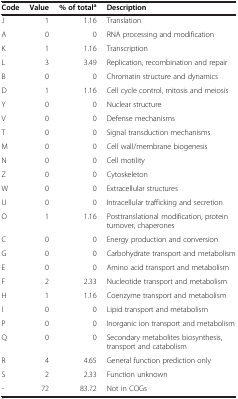
<table><thead><tr><td><b>Code</b></td><td><b>Value</b></td><td><b>% of total<sup>a</sup></b></td><td><b>Description</b></td></tr></thead><tbody><tr><td>J</td><td>1</td><td>1.16</td><td>Translation</td></tr><tr><td>A</td><td>0</td><td>0</td><td>RNA processing and modification</td></tr><tr><td>K</td><td>1</td><td>1.16</td><td>Transcription</td></tr><tr><td>L</td><td>3</td><td>3.49</td><td>Replication, recombination and repair</td></tr><tr><td>B</td><td>0</td><td>0</td><td>Chromatin structure and dynamics</td></tr><tr><td>D</td><td>1</td><td>1.16</td><td>Cell cycle control, mitosis and meiosis</td></tr><tr><td>Y</td><td>0</td><td>0</td><td>Nuclear structure</td></tr><tr><td>V</td><td>0</td><td>0</td><td>Defense mechanisms</td></tr><tr><td>T</td><td>0</td><td>0</td><td>Signal transduction mechanisms</td></tr><tr><td>M</td><td>0</td><td>0</td><td>Cell wall/membrane biogenesis</td></tr><tr><td>N</td><td>0</td><td>0</td><td>Cell motility</td></tr><tr><td>Z</td><td>0</td><td>0</td><td>Cytoskeleton</td></tr><tr><td>W</td><td>0</td><td>0</td><td>Extracellular structures</td></tr><tr><td>U</td><td>0</td><td>0</td><td>Intracellular trafficking and secretion</td></tr><tr><td>O</td><td>1</td><td>1.16</td><td>Posttranslational modification, protein turnover, chaperones</td></tr><tr><td>C</td><td>0</td><td>0</td><td>Energy production and conversion</td></tr><tr><td>G</td><td>0</td><td>0</td><td>Carbohydrate transport and metabolism</td></tr><tr><td>E</td><td>0</td><td>0</td><td>Amino acid transport and metabolism</td></tr><tr><td>F</td><td>2</td><td>2.33</td><td>Nucleotide transport and metabolism</td></tr><tr><td>H</td><td>1</td><td>1.16</td><td>Coenzyme transport and metabolism</td></tr><tr><td>I</td><td>0</td><td>0</td><td>Lipid transport and metabolism</td></tr><tr><td>P</td><td>0</td><td>0</td><td>Inorganic ion transport and metabolism</td></tr><tr><td>Q</td><td>0</td><td>0</td><td>Secondary metabolites biosynthesis, transport and catabolism</td></tr><tr><td>R</td><td>4</td><td>4.65</td><td>General function prediction only</td></tr><tr><td>S</td><td>2</td><td>2.33</td><td>Function unknown</td></tr><tr><td>-</td><td>72</td><td>83.72</td><td>Not in COGs</td></tr></tbody></table>